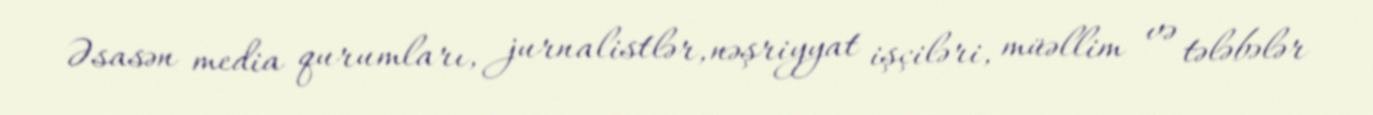
Əsasən media qurumları, jurnalistlər, nəşriyyat işçiləri, müəllim və tələbələr